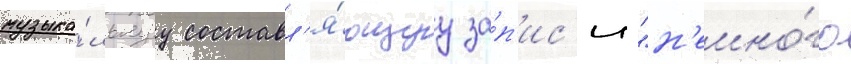
музыка́льнуу составл'я́ющуу за́п'ис'и "н'емно́го